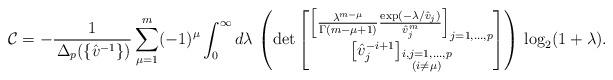
LaTeX: \begin{align*}\mathcal{C}=-\frac{1}{\,\Delta_p(\{\hat{v}^{-1}\}) } \sum_{\mu=1}^m(-1)^{\mu} \int_0^\infty d\lambda\, \left(\det\begin{bmatrix} \left[\frac{\lambda^{m-\mu}}{\Gamma(m-\mu+1)}\frac{\exp(-\lambda/\hat{v}_j)}{\hat{v}_j^m}\right]_{j=1,...,p} \\ \left[\hat{v}_j^{-i+1}\right]_{\substack{i,j=1,...,p \\ (i\neq \mu)}}\end{bmatrix} \right)\, \log_2 (1+\lambda).\end{align*}